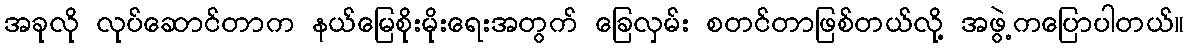
အခုလို လုပ်ဆောင်တာက နယ်မြေစိုးမိုးရေးအတွက် ခြေလှမ်း စတင်တာဖြစ်တယ်လို့ အဖွဲ့ကပြောပါတယ်။